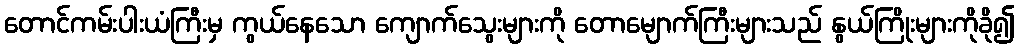
တောင်ကမ်းပါးယံကြီးမှ ကွယ်နေသော ကျောက်သွေးများကို တောမျောက်ကြီးများသည် နွယ်ကြိုးများကိုခို၍